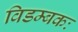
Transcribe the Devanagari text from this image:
विडम्बकः